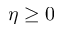
\eta \geq 0